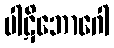
ပါဋိဘောဂေါ